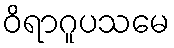
ဝိရာဂူပသမေ